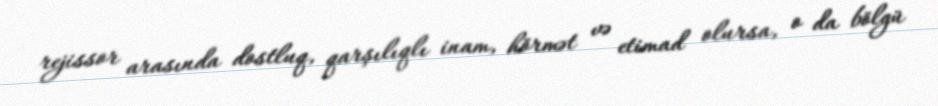
rejissor arasında dostluq, qarşılıqlı inam, hörmət və etimad olursa, o da bölgü